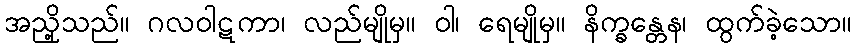
အညှို့သည်။ ဂလဝါဋကာ၊ လည်မျိုမှ။ ဝါ၊ ရေမျိုမှ။ နိက္ခန္တေန၊ ထွက်ခဲ့သော။